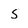
Character: 5